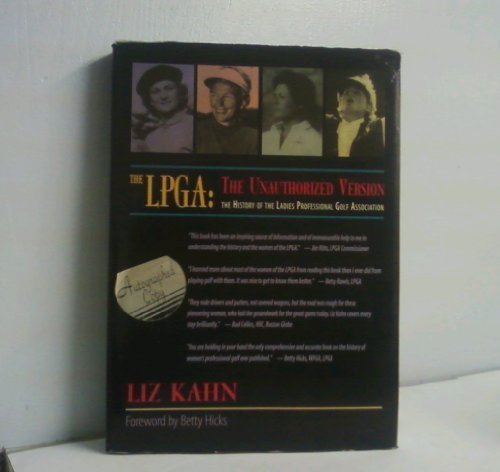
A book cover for The LPGA: The Unauthorized Version : The History of the Ladies Professional Golf Association; Liz Kahn; Sports & Outdoors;